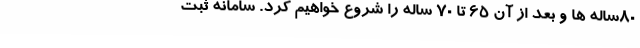
۸۰ساله ها و بعد از آن ۶۵ تا ۷۰ ساله را شروع خواهیم کرد. سامانه ثبت